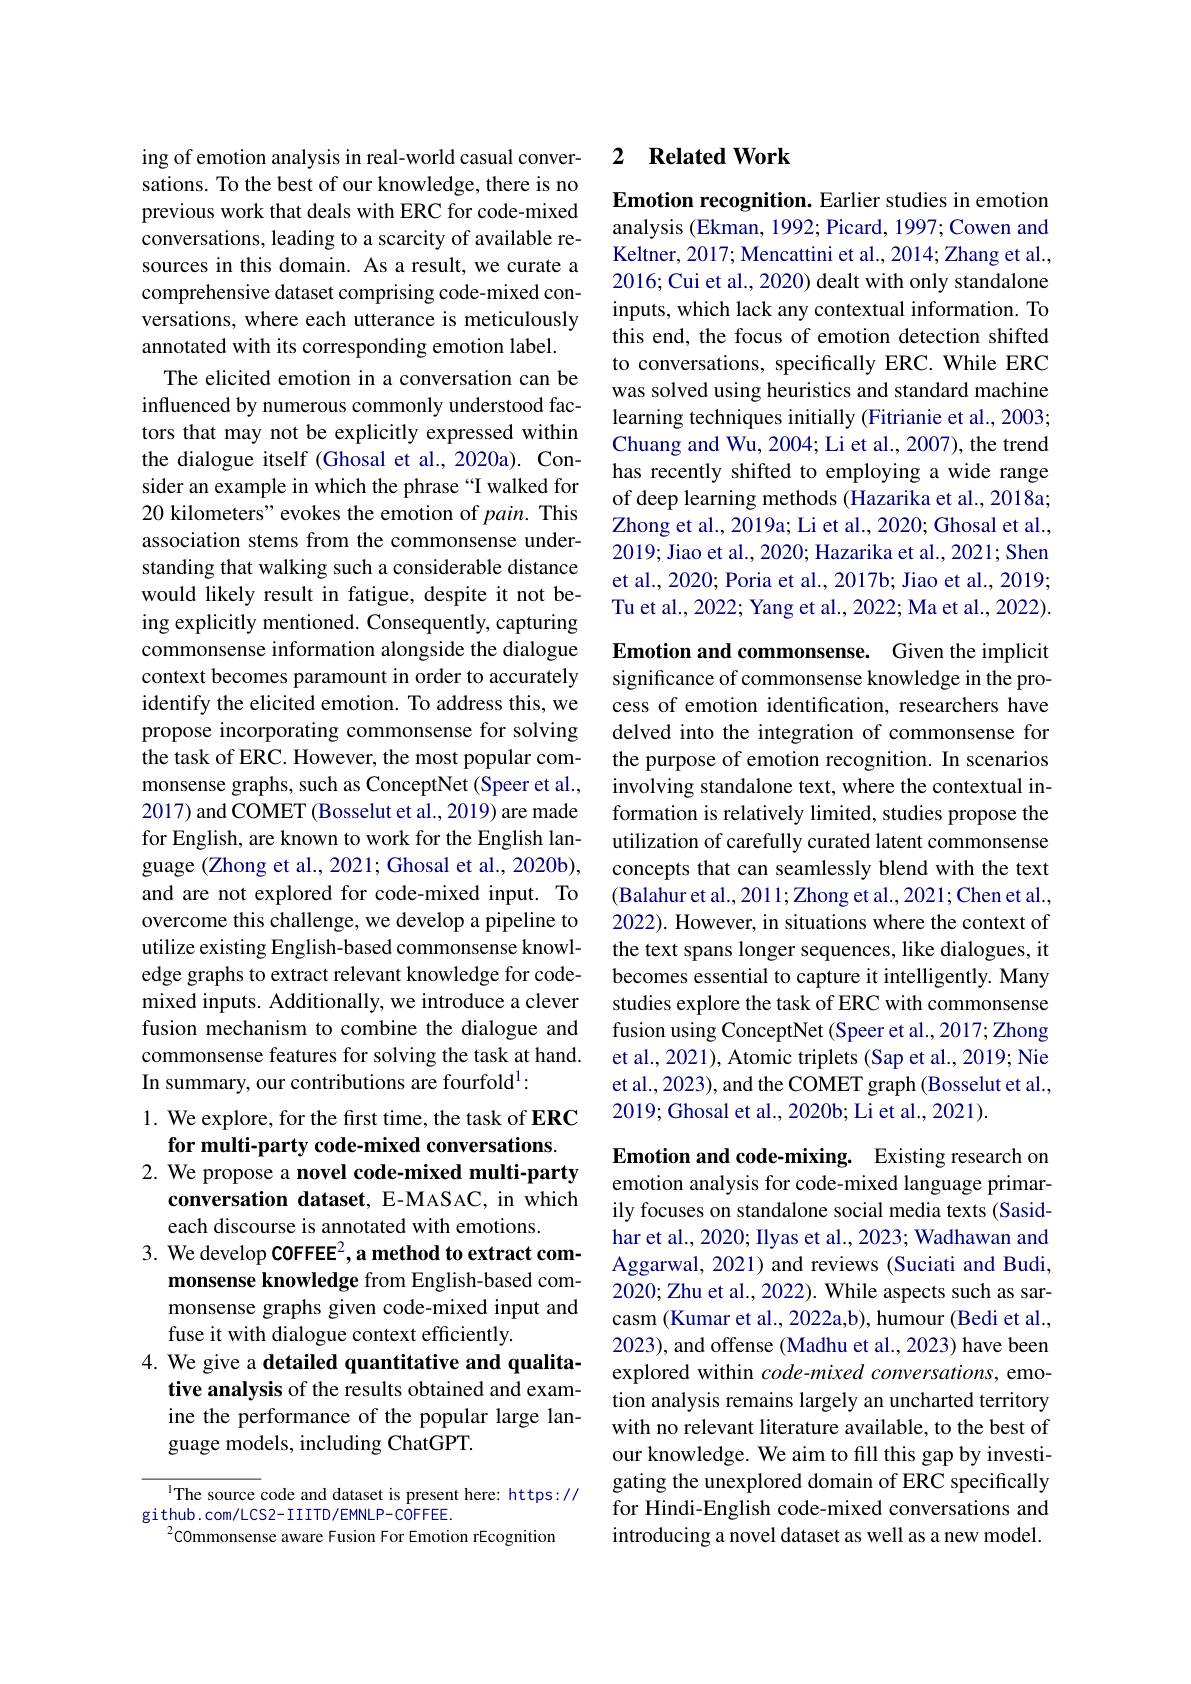
ing of emotion analysis in real-world casual conversations. To the best of our knowledge, there is no previous work that deals with ERC for code-mixed conversations, leading to a scarcity of available resources in this domain. As a result, we curate a comprehensive dataset comprising code-mixed conversations, where each utterance is meticulously annotated with its corresponding emotion label.
The elicited emotion in a conversation can be influenced by numerous commonly understood factors that may not be explicitly expressed within the dialogue itself (Ghosal et al.,2020a). Consider an example in which the phrase“I walked for 20 kilometers" evokes the emotion of pain. This association stems from the commonsense understanding that walking such a considerable distance would likely result in fatigue, despite it not being explicitly mentioned. Consequently, capturing commonsense information alongside the dialogue context becomes paramount in order to accurately identify the elicited emotion. To address this, we propose incorporating commonsense for solving the task of ERC. However, the most popular commonsense graphs, such as ConceptNet (Speer et al., 2017) and COMET (Bosselut et al., 2019) are made for English, are known to work for the English language (Zhong et al., 2021; Ghosal et al., 2020b), and are not explored for code-mixed input. To overcome this challenge, we develop a pipeline to utilize existing English-based commonsense knowledge graphs to extract relevant knowledge for codemixed inputs. Additionally, we introduce a clever fusion mechanism to combine the dialogue and commonsense features for solving the task at hand. In summary, our contributions are fourfold$^{1}:$
1. We explore, for the first time, the task of ERC

for multi-party code-mixed conversations.
2. We propose a novel code-mixed multi-party
conversation dataset, E-MASAC, in which
each discourse is annotated with emotions.
3. We develop COFFEE2, a method to extract com-
monsense knowledge from English-based commonsense graphs given code-mixed input and fuse it with dialogue context efficiently.
4. We give a detailed quantitative and qualita-
tive analysis of the results obtained and examine the performance of the popular large language models, including ChatGPT.

The source code and dataset is present here: https://
github.com/LCS2-IIITD/EMNLP-COFFEE.
$^{2}$COmmonsense aware Fusion For Emotion rEcognition

### 2 $\textbf{Related Work}$

Emotion recognition. Earlier studies in emotion analysis (Ekman, 1992; Picard, 1997; Cowen and Keltner, 2017; Mencattini et al., 2014; Zhang et al., 2016; Cui et al., 2020) dealt with only standalone inputs, which lack any contextual information. To this end, the focus of emotion detection shifted to conversations, specifically ERC. While ERC was solved using heuristics and standard machine learning techniques initially (Fitrianie et al., 2003; Chuang and Wu, 2004; Li et al., 2007), the trend has recently shifted to employing a wide range of deep learning methods (Hazarika et al., 2018a; Zhong et al. , 2019a; Li et al. , 2020; Ghosal et al. , 2019; Jiao et al., 2020; Hazarika et al., 2021; Shen et al., 2020; Poria et al., 2017b; Jiao et al., 2019; Tu et al., 2022; Yang et al., 2022; Ma et al., 2022).

Emotion and commonsense. Given the implicit significance of commonsense knowledge in the process of emotion identification, researchers have delved into the integration of commonsense for the purpose of emotion recognition. In scenarios involving standalone text, where the contextual information is relatively limited, studies propose the utilization of carefully curated latent commonsense concepts that can seamlessly blend with the text (Balahur et al., 2011; Zhong et al., 2021; Chen et al., 2022). However, in situations where the context of the text spans longer sequences, like dialogues, it becomes essential to capture it intelligently. Many studies explore the task of ERC with commonsense fusion using ConceptNet (Speer et al., 2017; Zhong et al., 2021), Atomic triplets (Sap et al., 2019; Nie et al., 2023), and the COMET graph (Bosselut et al., 2019; Ghosal et al., 2020b; Li et al., 2021).

Emotion and code-mixing. Existing research on emotion analysis for code-mixed language primarily focuses on standalone social media texts (Sasidhar et al., 2020; Ilyas et al., 2023; Wadhawan and Aggarwal, 2021) and reviews (Suciati and Budi, 2020; Zhu et al., 2022). While aspects such as sarcasm (Kumar et al., 2022a,b), humour (Bedi et al., 2023), and offense (Madhu et al., 2023) have been explored within code-mixed conversations, emotion analysis remains largely an uncharted territory with no relevant literature available, to the best of our knowledge. We aim to fill this gap by investigating the unexplored domain of ERC specifically for Hindi-English code-mixed conversations and introducing a novel dataset as well as a new model.